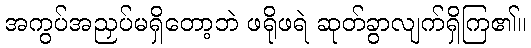
အကွပ်အညှပ်မရှိတော့ဘဲ ဖရိုဖရဲ ဆုတ်ခွာလျက်ရှိကြ၏။